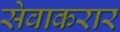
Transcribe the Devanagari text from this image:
सेवाकरार